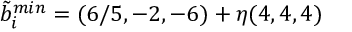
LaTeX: \tilde { b } _ { i } ^ { m i n } = ( 6 / 5 , - 2 , - 6 ) + \eta ( 4 , 4 , 4 )